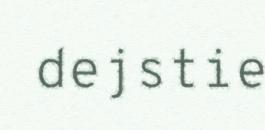
dejstie